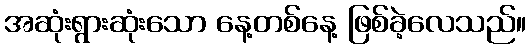
အဆုံးရွားဆုံးသော နေ့တစ်နေ့ ဖြစ်ခဲ့လေသည်။